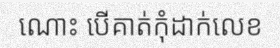
ណោះ បើគាត់កុំដាក់លេខ